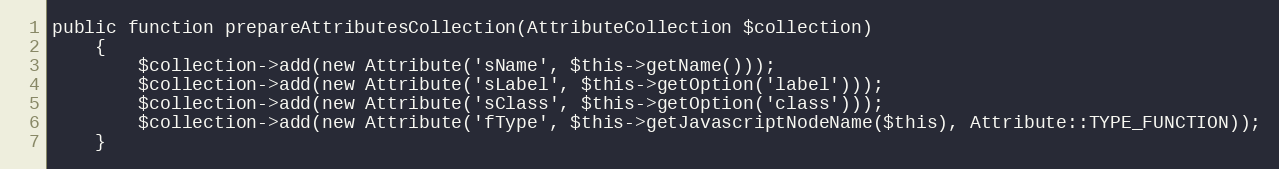
Language: PHP
public function prepareAttributesCollection(AttributeCollection $collection)
    {
        $collection->add(new Attribute('sName', $this->getName()));
        $collection->add(new Attribute('sLabel', $this->getOption('label')));
        $collection->add(new Attribute('sClass', $this->getOption('class')));
        $collection->add(new Attribute('fType', $this->getJavascriptNodeName($this), Attribute::TYPE_FUNCTION));
    }